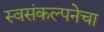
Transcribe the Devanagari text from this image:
स्वसंकल्पनेचा